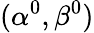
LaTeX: (\alpha^{0},\beta^{0})